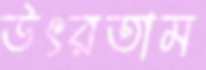
উৎরতাম